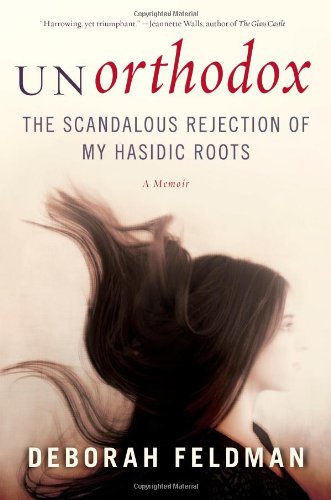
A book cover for Unorthodox: The Scandalous Rejection of My Hasidic Roots; Deborah Feldman; Religion & Spirituality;